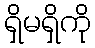
ရှိမရှိကို